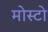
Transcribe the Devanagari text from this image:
मोस्टो